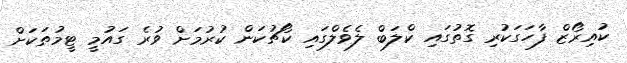
ކުއިރޯޒް ފާހަގަކުރި ގޮތުގައި ކްލަބް ލެވެލްގައި ކޯޗުކަން ކުރުމަށް ވުރެ ގައުމީ ޓީމުތަކަށް